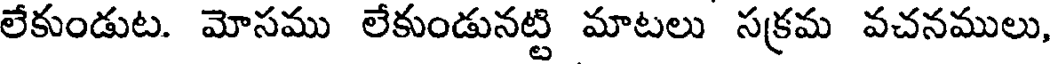
లేకుండుట. మోసము లేకుండునట్టి మాటలు సక్రమ వచనములు,